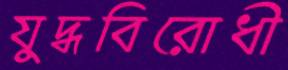
যুদ্ধবিরোধী